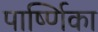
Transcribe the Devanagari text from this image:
पार्ष्णिका